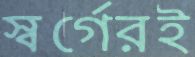
স্বর্গেরই